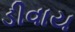
ડીવાય